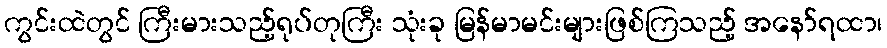
ကွင်းထဲတွင် ကြီးမားသည့်ရုပ်တုကြီး သုံးခု မြန်မာမင်းများဖြစ်ကြသည့် အနော်ရထာ၊